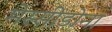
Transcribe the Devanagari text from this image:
मेस्सीडोना